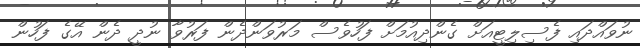
ނުވައްދައި ފެސިލިޓީއަށް ގެންދިއުމަށް ފަހުވެސް މަރުވަންދެން ފަރުވާ ނުދީ ދެން އޭގެ ފަހުން